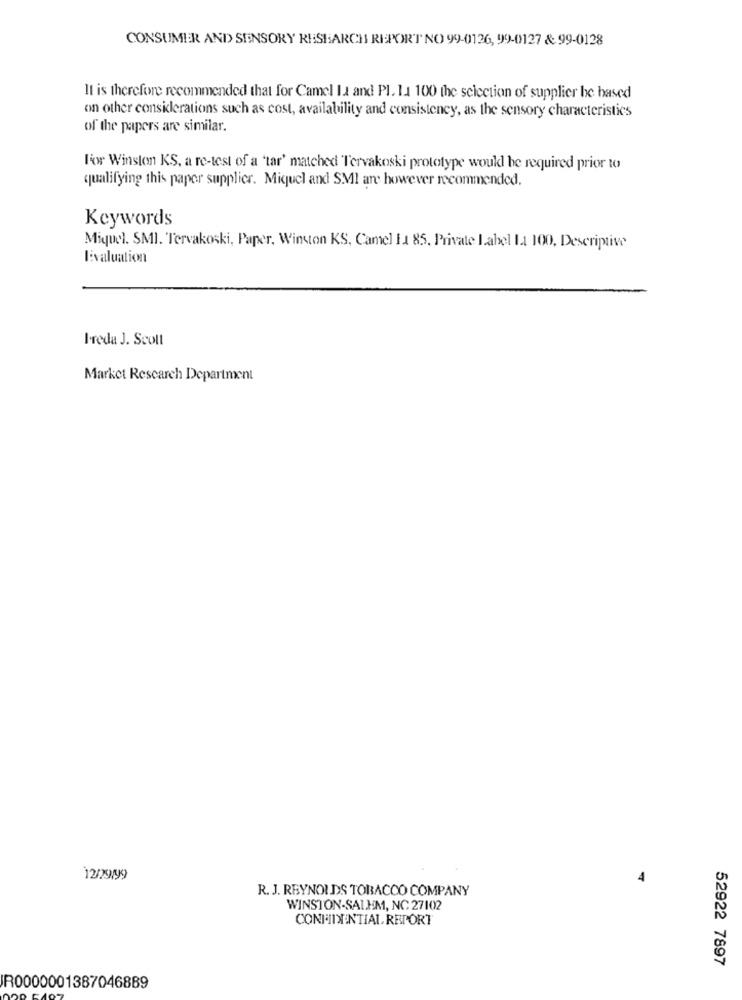
CONSUMER AND SENSORY RESEARCH REPORT NO 99-0126, 99-0127 & 99-0128
It is therefore recommended that for Camel Ia and Pl. 11 100 the selection of supplier be based
on other considerations such as cost, availability and consistency, as the sensory characteristics
of the papers are similar.
l'or Winston KS, a re-test of a 'tar' matched Tervakoski prototype would be required prior to
qualifying this paper supplier. Miquel and SMI an however recommended.
Keywords
Miquel. SMI. Tervakoski, Paper, Winston KS, Camel Ia 85. Private Label La 100, Descriptive
livaluation
Ireda J. Scoll
Market Research Department
12/29/99
4
R. J. REYNOLDS TOBACCO COMPANY
WINSTON-SALEM, NC 27102
CONFIDENTIAL REPORT
52922 7897
R0000001387046889